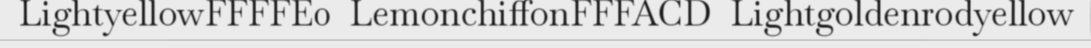
LightyellowFFFFE0  LemonchiffonFFFACD  Lightgoldenrodyellow